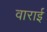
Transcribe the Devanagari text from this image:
वाराई